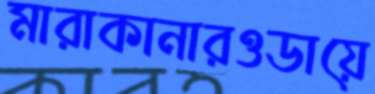
মারাকানারওডায়ে